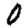
Digit: 0